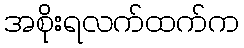
အစိုးရလက်ထက်က